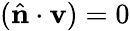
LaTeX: (\hat{\mathbf{n}}\cdot\mathbf{v})=0